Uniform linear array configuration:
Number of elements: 12
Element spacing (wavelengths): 0.75
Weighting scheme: binomial
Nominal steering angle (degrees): -45
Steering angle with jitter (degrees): -46.788
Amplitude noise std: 0.05
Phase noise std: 0.05

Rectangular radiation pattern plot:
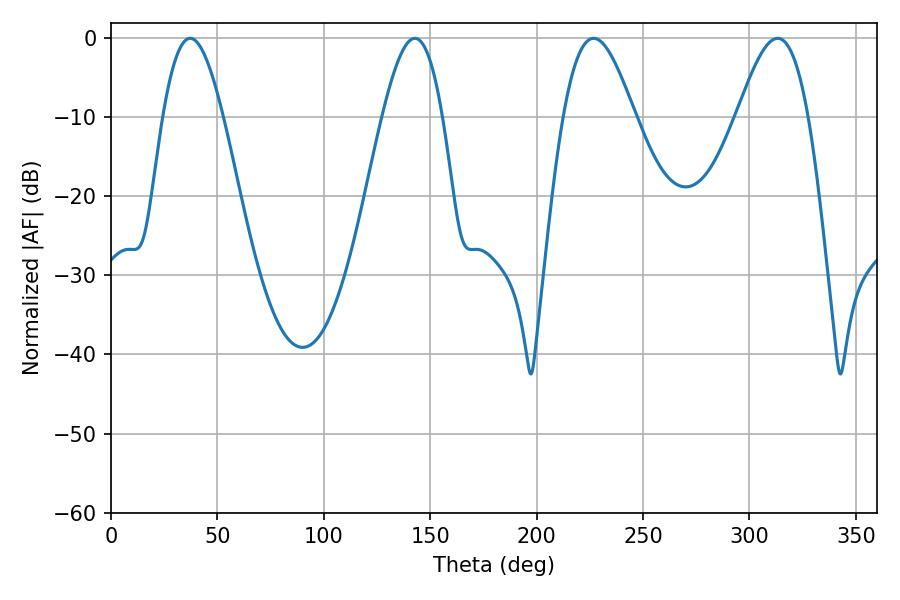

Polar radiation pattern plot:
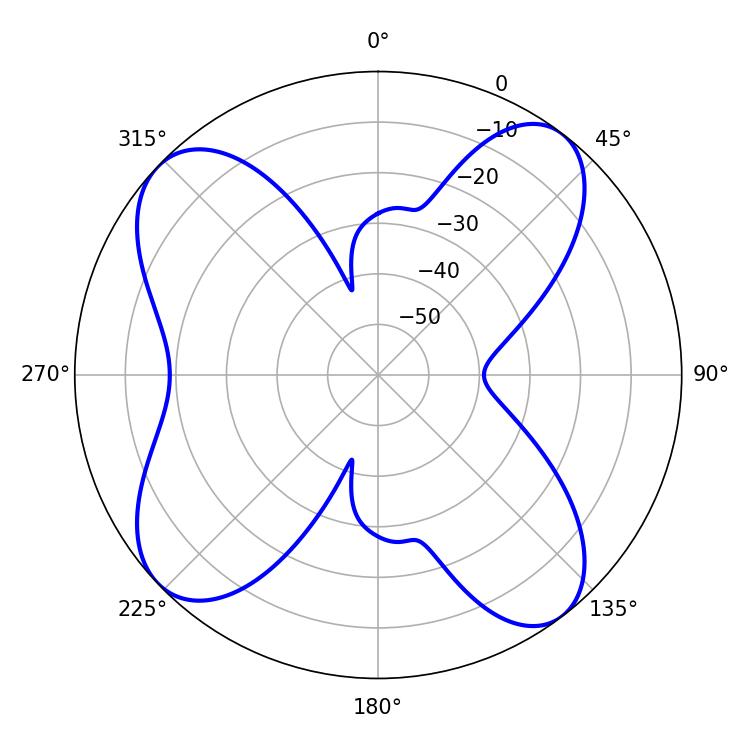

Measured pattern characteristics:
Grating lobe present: TRUE
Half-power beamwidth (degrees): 18
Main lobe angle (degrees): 226.8